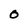
Character: 0